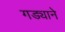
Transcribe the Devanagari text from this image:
गड्याने